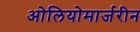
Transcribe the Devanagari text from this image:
ओलियोमार्जरीन